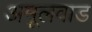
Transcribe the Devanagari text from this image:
अमूलवाड